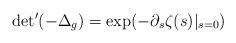
LaTeX: \begin{align*}{\det} '(-\Delta_g)=\exp(-\partial_s\zeta(s)|_{s=0})\end{align*}